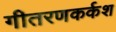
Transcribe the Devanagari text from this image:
गीतरणकर्कश